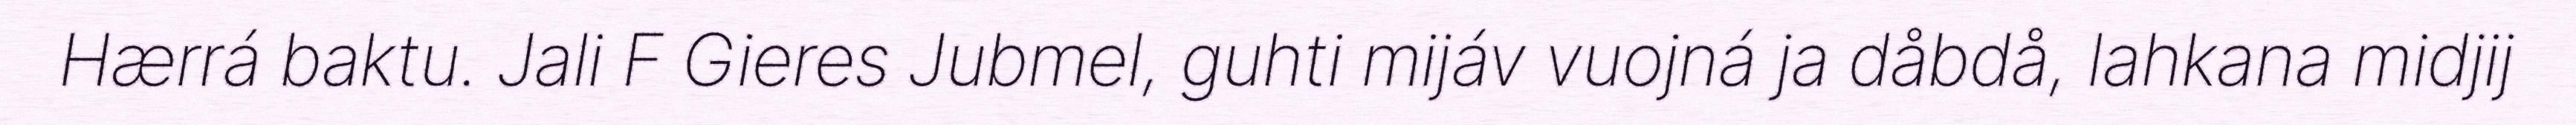
Hærrá baktu. Jali F Gieres Jubmel, guhti mijáv vuojná ja dåbdå, lahkana midjij